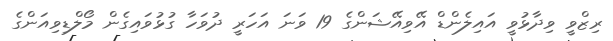
ރިޒްވީ ވިދާޅުވީ އައިލެންޑް އޭވިއޭޝަންގެ 19 ވަނަ އަހަރީ ދުވަހާ ގުޅުވައިގެން މޯލްޑިވިއަންގެ